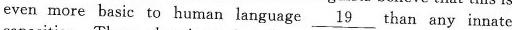
even more basic to human language \underline{19} than any innate